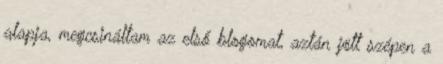
alapja, megcsináltam az első blogomat, aztán jött szépen a